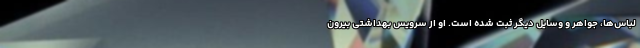
لباس‌ها، جواهر و وسایل دیگر ثبت شده است. او از سرویس بهداشتی بیرون